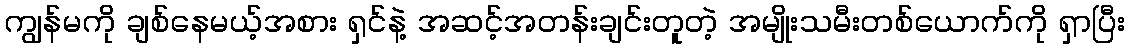
ကျွန်မကို ချစ်နေမယ့်အစား ရှင်နဲ့ အဆင့်အတန်းချင်းတူတဲ့ အမျိုးသမီးတစ်ယောက်ကို ရှာပြီး